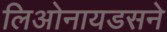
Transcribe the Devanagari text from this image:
लिओनायडसने